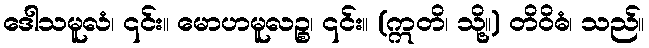
ဒေါသမူလံ၊ ၎င်း။ မောဟမူလဉ္စ၊ ၎င်း။ (ဣတိ၊ သို့။) တိဝိဓံ၊ သည်။